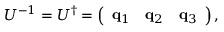
{ \cal U } ^ { - 1 } = { \cal U } ^ { \dagger } = \left( \begin{array} { c c c } { { { \bf q } _ { 1 } } } & { { { \bf q } _ { 2 } } } & { { { \bf q } _ { 3 } } } \end{array} \right) ,